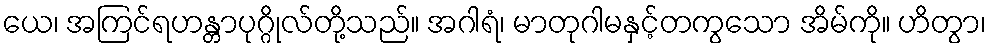
ယေ၊ အကြင်ရဟန္တာပုဂ္ဂိုလ်တို့သည်။ အဂါရံ၊ မာတုဂါမနှင့်တကွသော အိမ်ကို။ ဟိတွာ၊